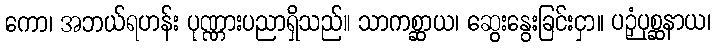
ကော၊ အဘယ်ရဟန်း ပုဏ္ဏားပညာရှိသည်။ သာကစ္ဆာယ၊ ဆွေးနွေးခြင်းငှာ။ ပဉှံပုစ္ဆနာယ၊